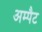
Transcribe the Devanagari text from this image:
अम्पैट